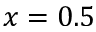
x = 0 . 5